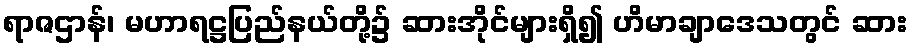
ရာဇဌာန်၊ မဟာရဋ္ဌပြည်နယ်တို့၌ ဆားအိုင်များရှိ၍ ဟိမာချာဒေသတွင် ဆား